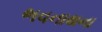
ભવનાથના